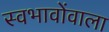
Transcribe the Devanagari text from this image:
स्वभावोंवाला